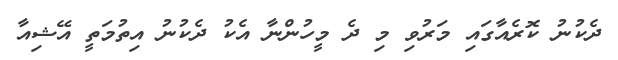
ދެކުނު ކޮރެއާގައި މަރުވި މި ދެ މީހުންނާ އެކު ދެކުނު އިތުމަތީ އޭޝިއާ